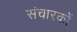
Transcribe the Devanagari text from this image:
संचारकों